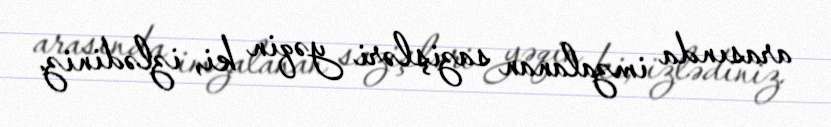
arasında imzalanan sazişləri yəqin ki, izlədiniz.